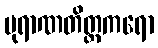
ပုရာဏတိတ္ထကရော